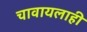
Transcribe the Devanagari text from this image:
चावायलाही